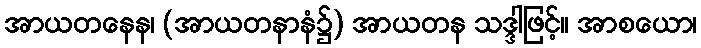
အာယတနေန၊ (အာယတနာနံ၌) အာယတန သဒ္ဒါဖြင့်။ အာစယော၊